Civil Veterinary Department. Central Provinces & Berar 1932-41 - 1932-1941
Year: 1932
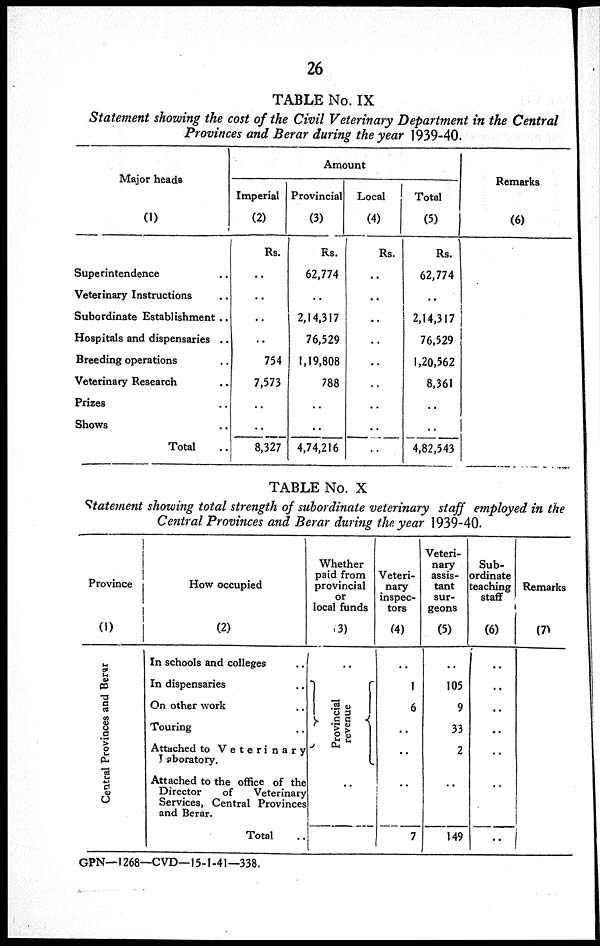
26
TABLE No. IX
Statement showing the cost of the Civil Veterinary Department in the Central
Provinces and Berar during the year 1939-40.
Major heads
(1)
Superintendence ..
Veterinary Instructions ..
Subordinate Establishment ..
Hospitals and dispensaries ..
Breeding operations ..
Veterinary Research ..
Prizes ..
Shows ..
Total ..
Amount
Imperial
(2)
Rs.
..
..
..
..
754
7,573
..
..
8,327
Provincial
(3)
Rs.
62,774
..
2,14,317
76,529
1,19,808
788
..
..
4,74,216
Local
(4)
Rs.
..
..
..
..
..
..
..
..
..
Total
(5)
Rs.
62,774
..
2,14,317
76,529
1,20,562
8,361
..
..
4,82,543
Remarks
(6)
TABLE No. X
Statement showing total strength of subordinate veterinary staff employed in the
Central Provinces and Berar during the year 1939-40.
Province
(1)
Central Provinces and Berar
How occupied
(2)
In schools and colleges ..
In dispensaries ..
On other work ..
Touring ..
Attached to Veterinary
Laboratory.
Attached to the office of the
Director
of
Veterinary
Services, Central Provinces
and Berar.
Total ..
Whether
paid from
provincial
or
local funds
(3)
..
Provincial
revenue
..
Veteri-
nary
inspec-
tors
(4)
..
1
6
..
..
..
7
Veteri-
nary
assis-
tant
sur-
geons
(5)
..
105
9
33
2
..
149
Sub-
ordinate
teaching
staff
(6)
..
..
..
..
..
..
Remarks
(7)
GPN—1268—CVD—15-1-41—338.